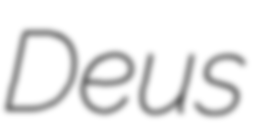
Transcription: Deus